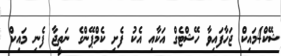
ޝޭކް4މައިކް ޖަހާފައިވާ ހޭޝްޓެގް އަކާއި އެކު ފެށި ކެމްޕޭންގެ ނަތީޖާ ފެނި މައިކް